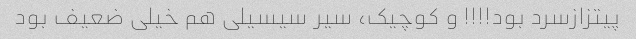
پیتزازسرد بود!!!! و کوچیک، سیر سیسیلی هم خیلی ضعیف بود